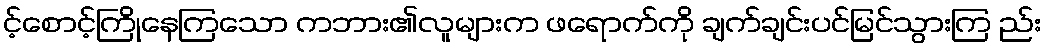
င့်စောင့်ကြိုနေကြသော ကဘား၏လူများက ဖရောက်ကို ချက်ချင်းပင်မြင်သွားကြ ည်း